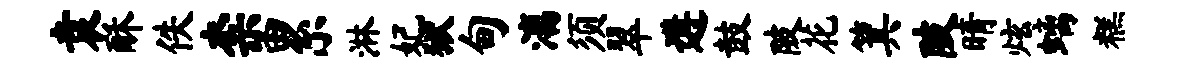
袁酥佚柰累淋妃狱甸漓须翠遘鼓陂花箕陂晴炫螭糕